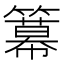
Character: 𥵵